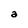
Character: a